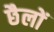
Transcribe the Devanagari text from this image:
छैलों